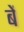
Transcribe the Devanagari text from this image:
बें